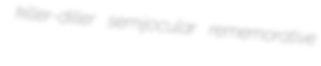
killer-diller semijocular rememorative